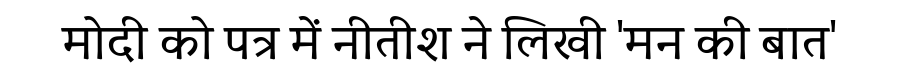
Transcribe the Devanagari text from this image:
मोदी को पत्र में नीतीश ने लिखी 'मन की बात'